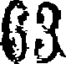
63